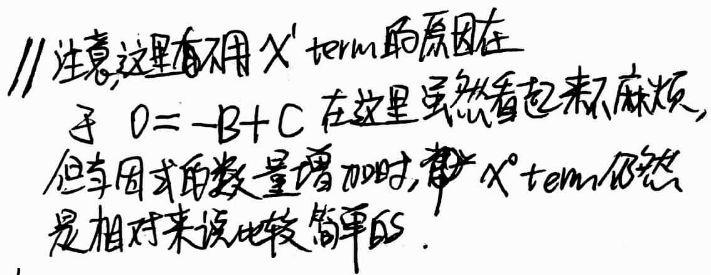
//注意,这里 不用 \(x^{1}\) term的原因在
于 \(0 = -B + C\) 在这里虽然看起来不麻烦,
但在因式的数量增加时,算 \(x^{0}\) term仍然
是相对来说比较简单的.